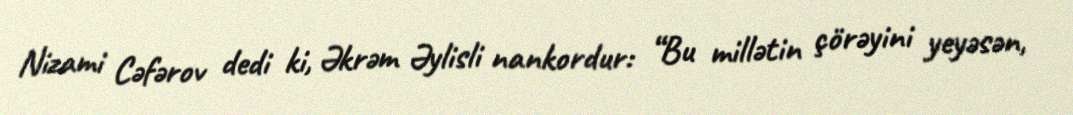
Nizami Cəfərov dedi ki, Əkrəm Əylisli nankordur: “Bu millətin çörəyini yeyəsən,